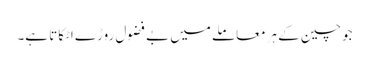
جوچین کے ہرمعاملے میں بے فضول روڑے اٹکاتا ہے۔